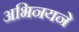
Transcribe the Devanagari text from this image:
अभिनयने